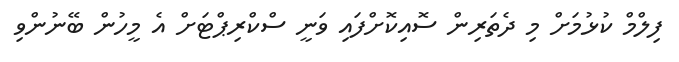
ފިލްމް ކުޅުމަށް މި ދެތަރިން ސޮއިކޮށްފައި ވަނީ ސްކްރިޕްޓަށް އެ މީހުން ބޭނުންވި